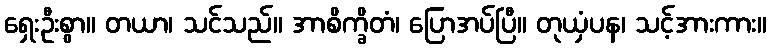
ရှေးဦးစွာ။ တယာ၊ သင်သည်။ အာစိက္ခိတံ၊ ပြောအပ်ပြီ။ တုယှံပန၊ သင့်အားကား။